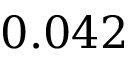
0 . 0 4 2